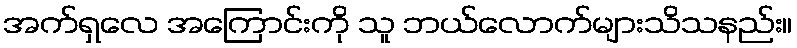
အက်ရှလေ အကြောင်းကို သူ ဘယ်လောက်များသိသနည်း။